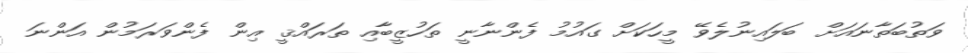
ވަތުބަތާނައަށް ބަލައިނުލެވޭ މީހަކަށް ގައުމު ފެންނާނީ ތަހުޒީބާއި ތަރައްޤީ އިން ފެންވަރަމުން އަންނަ